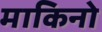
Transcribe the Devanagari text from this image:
माकिनो